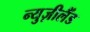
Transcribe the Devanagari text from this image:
न्युज़ीलैंड